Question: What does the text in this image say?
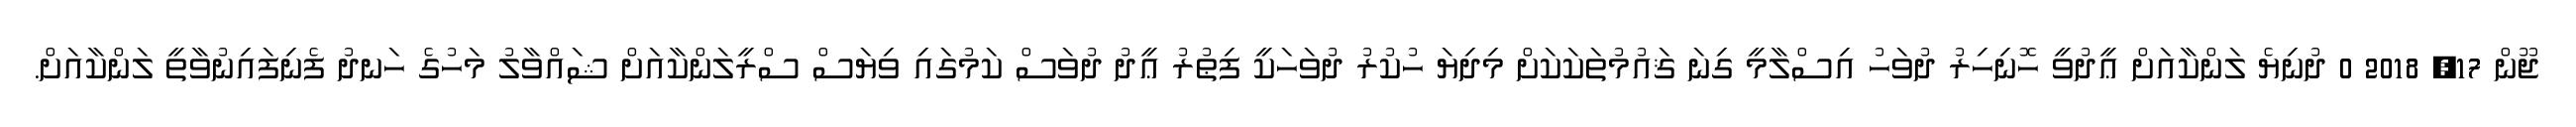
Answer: ޖޫން 17, 2018 0 ދުނިޔެ ލަންކާއަށް ޢީދުވީ ހޮނިހިރު ދުވަހު އިސްލާމީ ގިނަ ޤައުމުތަކަކަށް މިދިޔަ ހުކުރު ދުވަހަކީ ފިޠުރު ޢީދު ދުވަސް ކަމުގައި ވިޔަސް ސްރީލަންކާއަށް ޝައްވާލު މަހުގެ ހަނދު ފެނިފައިނުވާތީ ލަންކާއަށް.